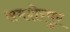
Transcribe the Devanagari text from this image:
समशेरपुर